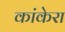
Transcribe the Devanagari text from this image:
कांकेरा